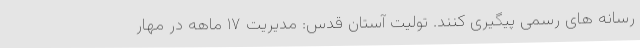
رسانه های رسمی پیگیری کنند. تولیت آستان قدس: مدیریت ۱۷ ماهه در مهار